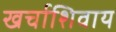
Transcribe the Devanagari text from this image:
खर्चाशिवाय